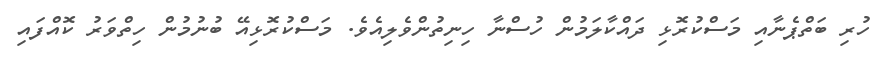
ހުރި ބަތްޕެނާއި މަސްކުރޮޅި ދައްކާލަމުން ހުސްނާ ހިނިތުންވެލިއެވެ. މަސްކުރޮޅިއޭ ބުނުމުން ހިތްވަރު ކޮއްފައި